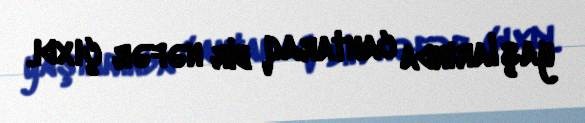
yaşlarında cantaraq bir nəfər çıxdı.